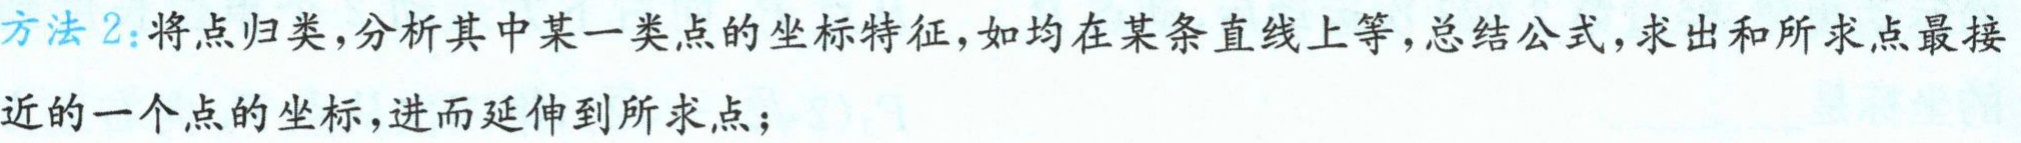
方法2：将点归类，分析其中某一类点的坐标特征，如均在某条直线上等，总结公式，求出和所求点最接

近的一个点的坐标，进而延伸到所求点；